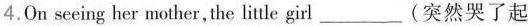
4.0n seeing her mother,the litle girl_(突然哭了起